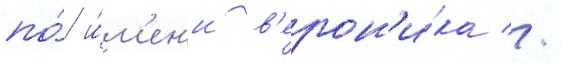
по́ и́м'ен'и в'ерон'и́ка //